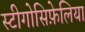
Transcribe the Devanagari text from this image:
स्टीगोसिफ़ेलिया